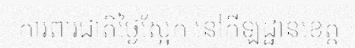
ការពារជាតិថ្ងៃស្អែក នៅកីឡដ្ឋានខេត្ត